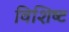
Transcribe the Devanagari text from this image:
विशिष्‍ट